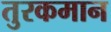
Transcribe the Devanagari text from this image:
तुरकमान